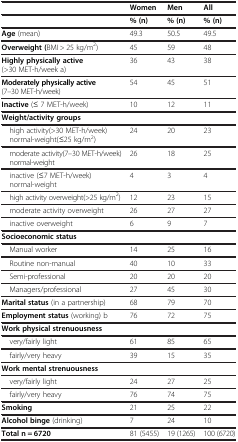
<table><thead><tr><td><b> </b></td><td><b>Women</b></td><td><b>Men</b></td><td><b>All</b></td></tr><tr><td><b> </b></td><td><b>% (n)</b></td><td><b>% (n)</b></td><td><b>% (n)</b></td></tr></thead><tbody><tr><td><b>Age</b> (mean)</td><td>49.3</td><td>50.5</td><td>49.5</td></tr><tr><td><b>Overweight (</b>BMI &gt; 25 kg/m<sup>2</sup>)</td><td>45</td><td>59</td><td>48</td></tr><tr><td><b>Highly physically active</b> (&gt;30 MET-h/week a)</td><td>36</td><td>43</td><td>38</td></tr><tr><td><b>Moderately physically active</b> (7–30 MET-h/week)</td><td>54</td><td>45</td><td>51</td></tr><tr><td><b>Inactive</b> (≤ 7 MET-h/week)</td><td>10</td><td>12</td><td>11</td></tr><tr><td><b>Weight/activity groups</b></td><td> </td><td> </td><td> </td></tr><tr><td> high activity(&gt;30 MET-h/week) normal-weight(≤25 kg/m<sup>2</sup>)</td><td>24</td><td>20</td><td>23</td></tr><tr><td> moderate activity(7–30 MET-h/week) normal-weight</td><td>26</td><td>18</td><td>25</td></tr><tr><td> inactive (≤7 MET-h/week) normal-weight</td><td>4</td><td>3</td><td>4</td></tr><tr><td> high activity overweight(&gt;25 kg/m<sup>2</sup>)</td><td>12</td><td>23</td><td>15</td></tr><tr><td> moderate activity overweight</td><td>26</td><td>27</td><td>27</td></tr><tr><td> inactive overweight</td><td>6</td><td>9</td><td>7</td></tr><tr><td><b>Socioeconomic status</b></td><td> </td><td> </td><td> </td></tr><tr><td> Manual worker</td><td>14</td><td>25</td><td>16</td></tr><tr><td> Routine non-manual</td><td>40</td><td>10</td><td>33</td></tr><tr><td> Semi-professional</td><td>20</td><td>20</td><td>20</td></tr><tr><td> Managers/professional</td><td>27</td><td>45</td><td>30</td></tr><tr><td><b>Marital status</b> (in a partnership)</td><td>68</td><td>79</td><td>70</td></tr><tr><td><b>Employment status</b> (working) b</td><td>76</td><td>72</td><td>75</td></tr><tr><td><b>Work physical strenuousness</b></td><td> </td><td> </td><td> </td></tr><tr><td> very/fairly light</td><td>61</td><td>85</td><td>65</td></tr><tr><td> fairly/very heavy</td><td>39</td><td>15</td><td>35</td></tr><tr><td><b>Work mental strenuousness</b></td><td> </td><td> </td><td> </td></tr><tr><td> very/fairly light</td><td>24</td><td>27</td><td>25</td></tr><tr><td> fairly/very heavy</td><td>76</td><td>74</td><td>75</td></tr><tr><td><b>Smoking</b></td><td>21</td><td>25</td><td>22</td></tr><tr><td><b>Alcohol binge</b> (drinking)</td><td>7</td><td>24</td><td>10</td></tr><tr><td><b>Total n = 6720</b></td><td>81 (5455)</td><td>19 (1265)</td><td>100 (6720)</td></tr></tbody></table>